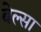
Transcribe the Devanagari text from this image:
बेल्सा